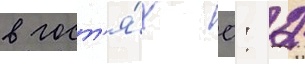
в гост'я́х 0: 2